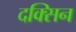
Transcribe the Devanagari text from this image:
दक्सिन